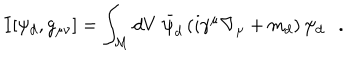
I [ \psi _ { d } , g _ { \mu \nu } ] = \int _ { \cal M } d V ~ \bar { \psi } _ { d } \left( i \gamma ^ { \mu } \nabla _ { \mu } + m _ { d } \right) \psi _ { d } .